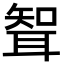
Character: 聟